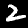
Label: 2